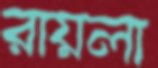
রায়লা